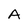
Character: A